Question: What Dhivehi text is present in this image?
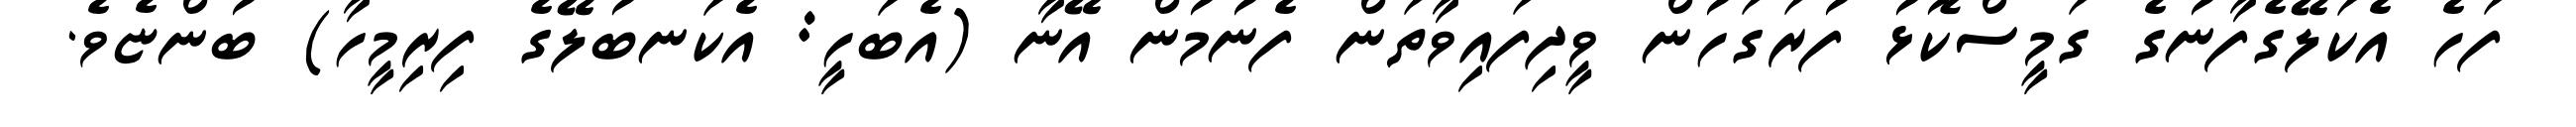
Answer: ފަހެ އެކަލޭގެފާނުގެ ގަމީސްކޮޅު ފުރަގަހުން ވީދިފައިވާތަން ފެނުމުން އޭނާ (އެބަހީ: އެކަނބުލޭގެ ފިރިމީހާ) ބުންޏެވެ.